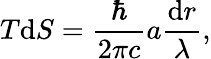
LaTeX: T\mathrm{d}S=\frac{\hbar}{2\pi c}a\frac{\mathrm{d}r}{\lambda},